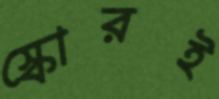
স্কোরই